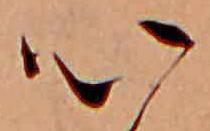
心